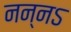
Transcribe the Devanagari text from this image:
नन्नऽ